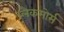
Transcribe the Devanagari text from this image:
ब्लैकमोर्स